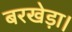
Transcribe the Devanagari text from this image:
बरखेड़ा।